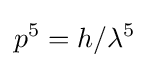
p^{5}=h/\lambda ^{5}